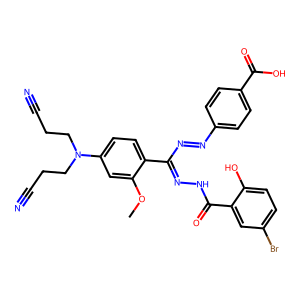
SMILES: COc1cc(N(CCC#N)CCC#N)ccc1C(N=Nc1ccc(C(=O)O)cc1)=NNC(=O)c1cc(Br)ccc1O
Inhibits HIV replication: No